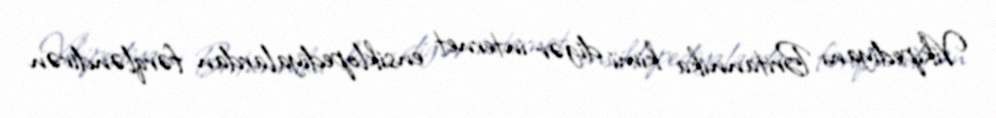
Vikipediyanı Britannika kimi digər internet ensiklopediyalardan fərqləndirən